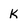
Character: K